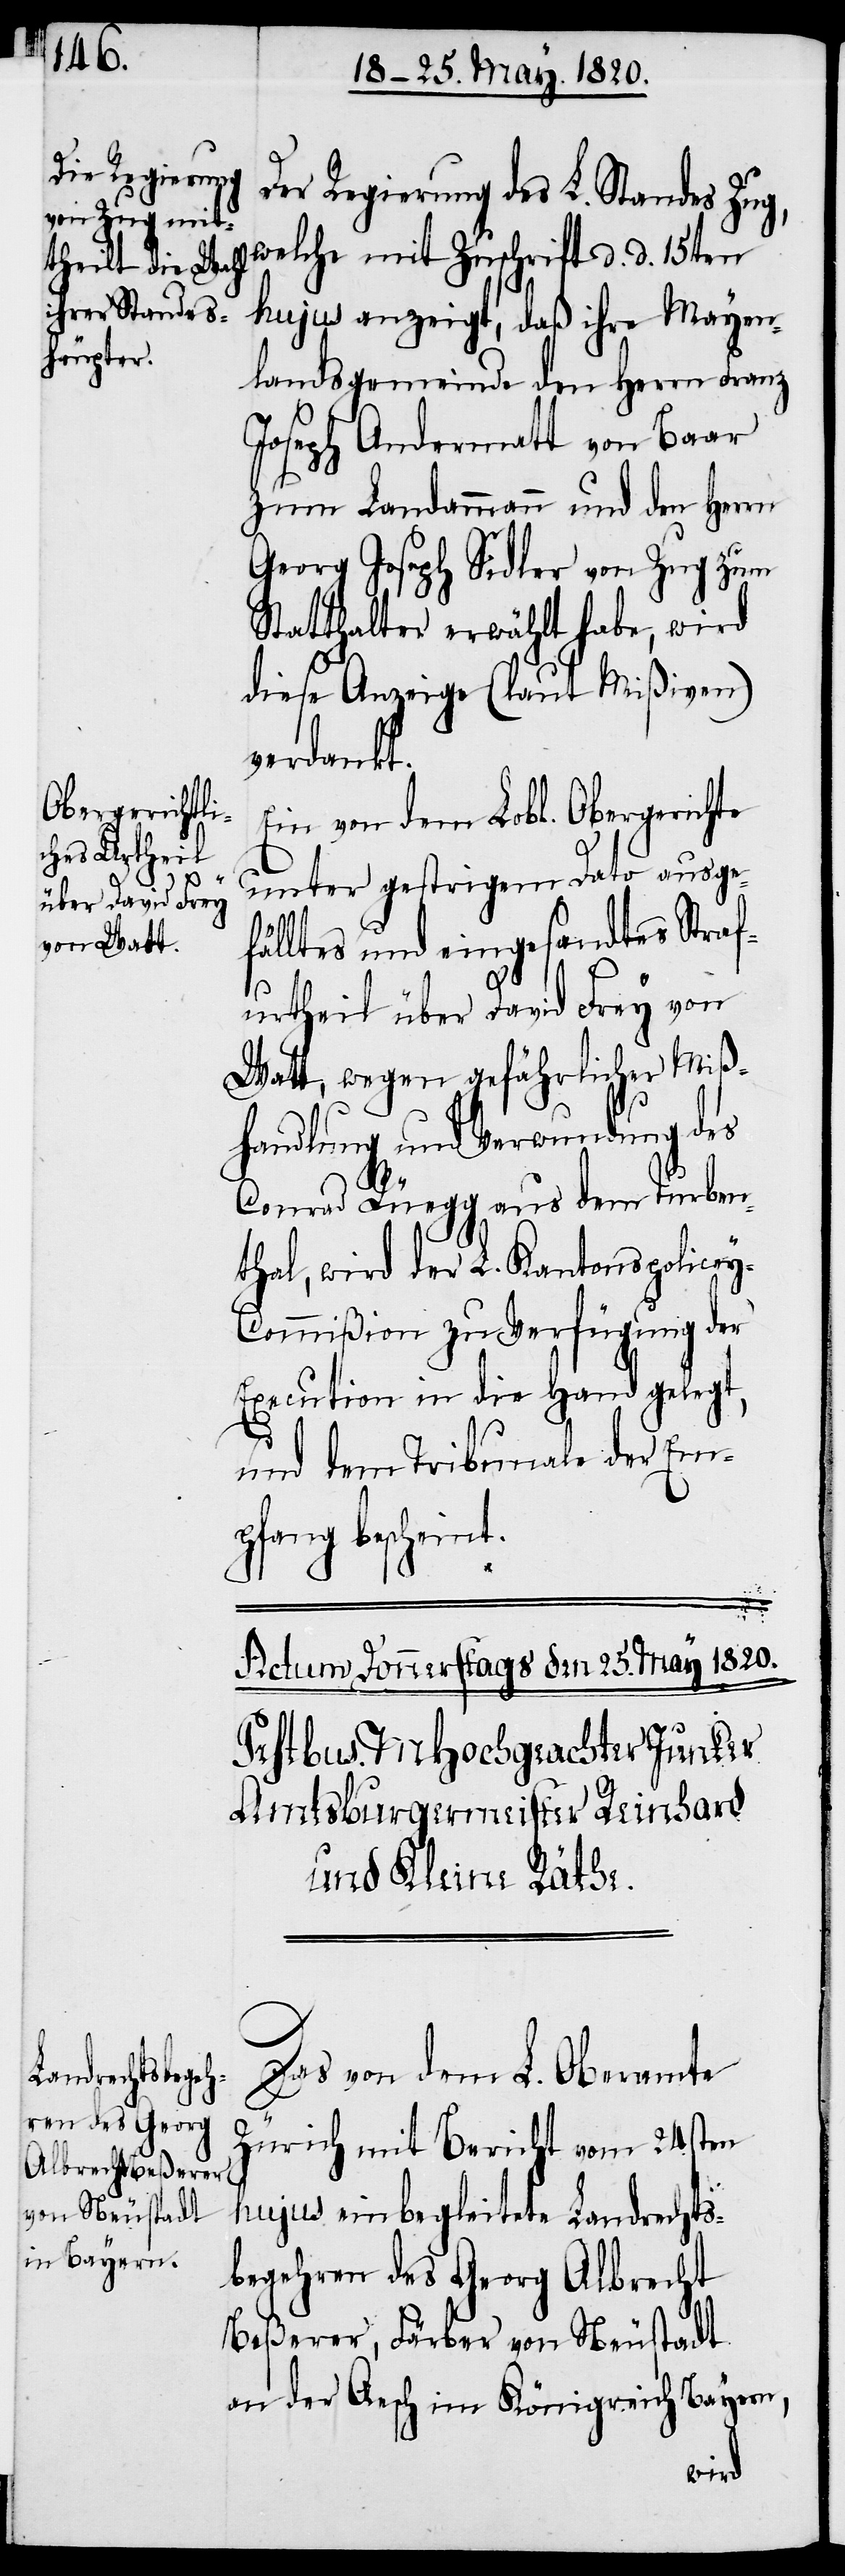
Der Regierung des L. Standes Zug,
welche mit Zuschrift d. d. 15ten
hujus anzeigt, daß ihre Mayen¬
landsgemeinde den Herrn Franz
Joseph Andermatt von Baar
zum Landammann und den Herrn
Georg Joseph Sidler von Zug zum
Statthalter erwählt habe, wird
diese Anzeige (laut Mißiven)
verdankt.
Ein von dem Lobl. Obergerichte
unter gestrigem Dato ausge¬
fälltes und eingesandtes Straf¬
urtheil über David Frey von
Watt, wegen gefährlicher Miß¬
handlung und Verwundung des
Conrad Rüegg aus dem Turben¬
thal, wird der L. Kantonspolice¬
y-Commißion zu Verfügung der
Execution in die Hand gelegt,
und dem Tribunale der Em¬
pfang bescheint.
Das von dem L. Oberamte
Zürich mit Bericht vom 24sten
hujus einbegleitete Landrechts¬
begehren des Georg Albrecht
Beßerer, Färber von Neustadt
an der Aesch im Königreich Bayern,